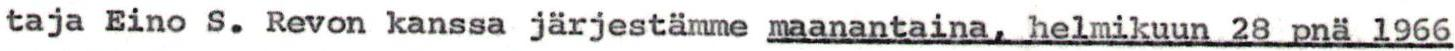
taja Eino S. Revon kanssa järjestämme maanantaina. helmikuun 28 pnä 1966